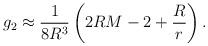
LaTeX: \begin{align*}g_2 \approx \frac{1}{8R^3}\left(2RM-2+\frac{R}{r}\right).\end{align*}